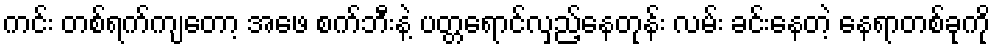
ကင်း တစ်ရက်ကျတော့ အဖေ စက်ဘီးနဲ့ ပတ္တရောင်လှည့်နေတုန်း လမ်း ခင်းနေတဲ့ နေရာတစ်ခုကို